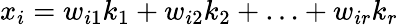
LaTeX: x_{i}=w_{i1}k_{1}+w_{i2}k_{2}+\ldots+w_{ir}k_{r}